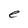
Character: e